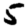
Digit: 5